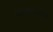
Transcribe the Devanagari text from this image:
निरिक्षणानंतर